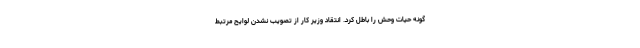
گونه حیات وحش را باطل کرد. انتقاد وزیر کار از تصویب نشدن لوایح مرتبط